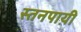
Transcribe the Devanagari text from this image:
स्तनपाय़ी